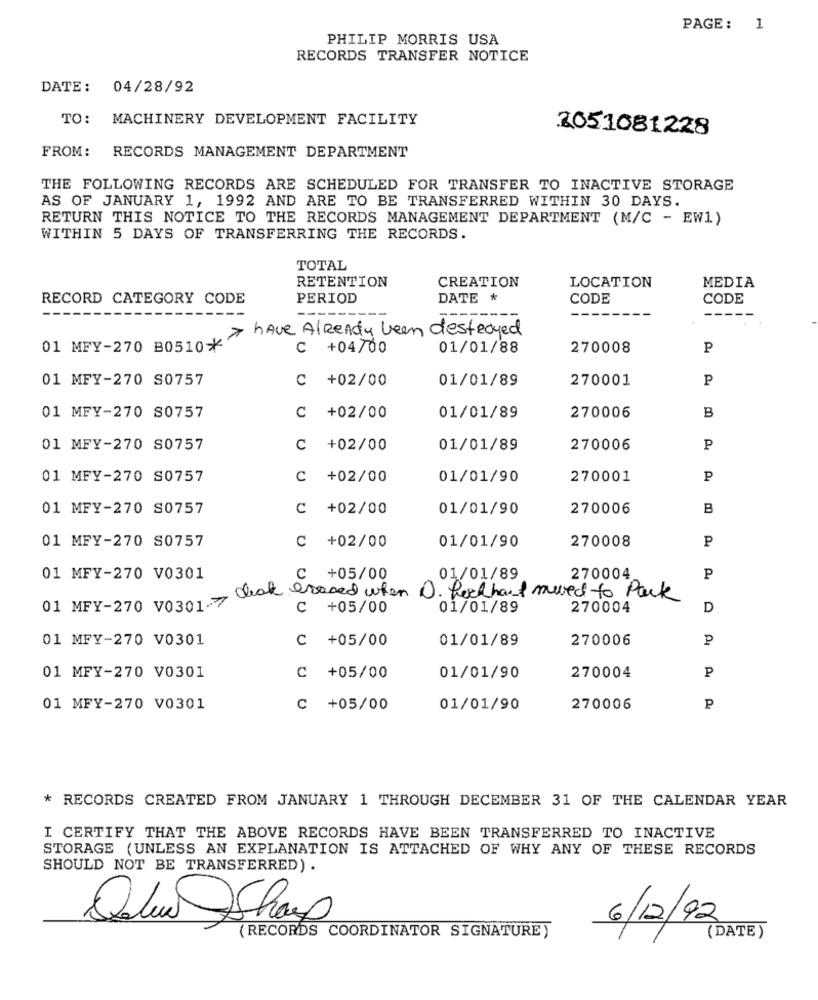
PAGE: 1
PHILIP MORRIS USA
RECORDS TRANSFER NOTICE
DATE: 04/28/92
TO: MACHINERY DEVELOPMENT FACILITY
2051081228
FROM: RECORDS MANAGEMENT DEPARTMENT
THE FOLLOWING RECORDS ARE SCHEDULED FOR TRANSFER TO INACTIVE STORAGE
AS OF JANUARY 1, 1992 AND ARE TO BE TRANSFERRED WITHIN 30 DAYS.
RETURN THIS NOTICE TO THE RECORDS MANAGEMENT DEPARTMENT (M/C - EW1)
WITHIN 5 DAYS OF TRANSFERRING THE RECORDS.
TOTAL
RETENTION
CREATION
LOCATION
MEDIA
RECORD CATEGORY CODE
PERIOD
DATE *
CODE
CODE
----
> have Already been destroyed
01 MFY-270 B0510*"
C +04/00
01/01/88
270008
P
01 MFY-270 S0757
C +02/00
01/01/89
270001
P
01 MFY-270 S0757
C +02/00
01/01/89
270006
B
01 MFY-270 S0757
C +02/00
01/01/89
270006
P
01 MFY-270 S0757
C +02/00
01/01/90
270001
P
01 MFY-270 S0757
C +02/00
01/01/90
270006
B
270008
P
01 MFY-270 S0757
C +02/00
01/01/90
01 MFY-270 V0301
: +05/00
01/01/89
270004
P
check erased when
O. feel hand need to Park
01 MFY-270 V0301-7
C +05/00
01/01/89
270004
D
01 MFY-270 V0301
C +05/00
01/01/89
270006
P
P
01 MFY-270 V0301
C +05/00
01/01/90
270004
01 MFY-270 V0301
C +05/00
01/01/90
270006
P
* RECORDS CREATED FROM JANUARY 1 THROUGH DECEMBER 31 OF THE CALENDAR YEAR
I CERTIFY THAT THE ABOVE RECORDS HAVE BEEN TRANSFERRED TO INACTIVE
STORAGE (UNLESS AN EXPLANATION IS ATTACHED OF WHY ANY OF THESE RECORDS
SHOULD NOT BE TRANSFERRED) .
Solen Shop
6/12/92
(RECORDS COORDINATOR SIGNATURE)
(DATE)